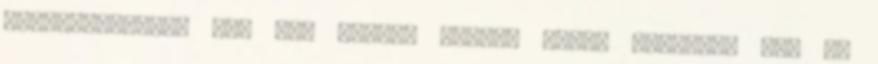
jogosítványom, azt sem tudom, melyik pedál micsoda. Még az